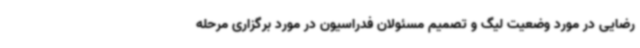
رضایی در مورد وضعیت لیگ و تصمیم مسئولان فدراسیون در مورد برگزاری مرحله